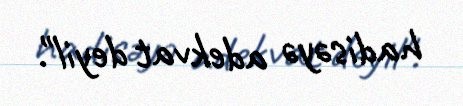
hadisəyə adekvat deyil".